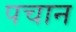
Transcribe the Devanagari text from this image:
पचान